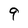
Character: 9